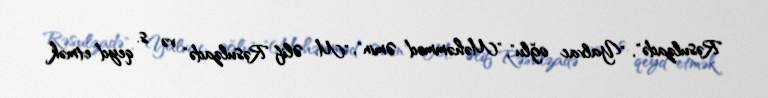
Rəsulzadə", "Yalvac oğlu", "Məhəmməd Əmin", "M. Əlif Rəsulzadə" və s. qeyd etmək